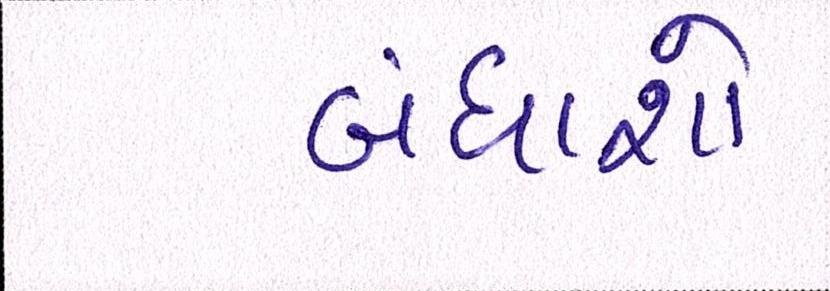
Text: બંધાશો